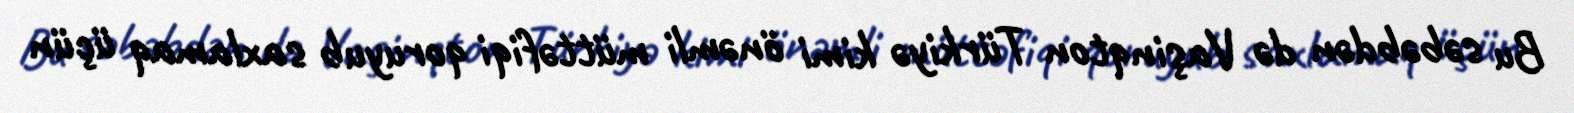
Bu səbəbdən də Vaşinqton Türkiyə kimi önəmli müttəfiqi qoruyub saxlamaq üçün